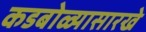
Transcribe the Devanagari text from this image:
कडबोळ्यासारखे